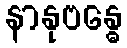
နာနုဗန္ဓေ